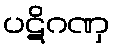
ပဋိဂဏှ